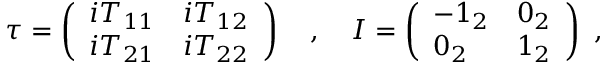
\tau = \left( \begin{array} { l l } { { i T _ { 1 1 } } } & { { i T _ { 1 2 } } } \\ { { i T _ { 2 1 } } } & { { i T _ { 2 2 } } } \end{array} \right) ~ ~ ~ , ~ ~ ~ I = \left( \begin{array} { l l } { { - 1 _ { 2 } } } & { { 0 _ { 2 } } } \\ { { 0 _ { 2 } } } & { { 1 _ { 2 } } } \end{array} \right) ~ ,